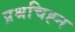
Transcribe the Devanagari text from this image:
प्रश्रचिह्न